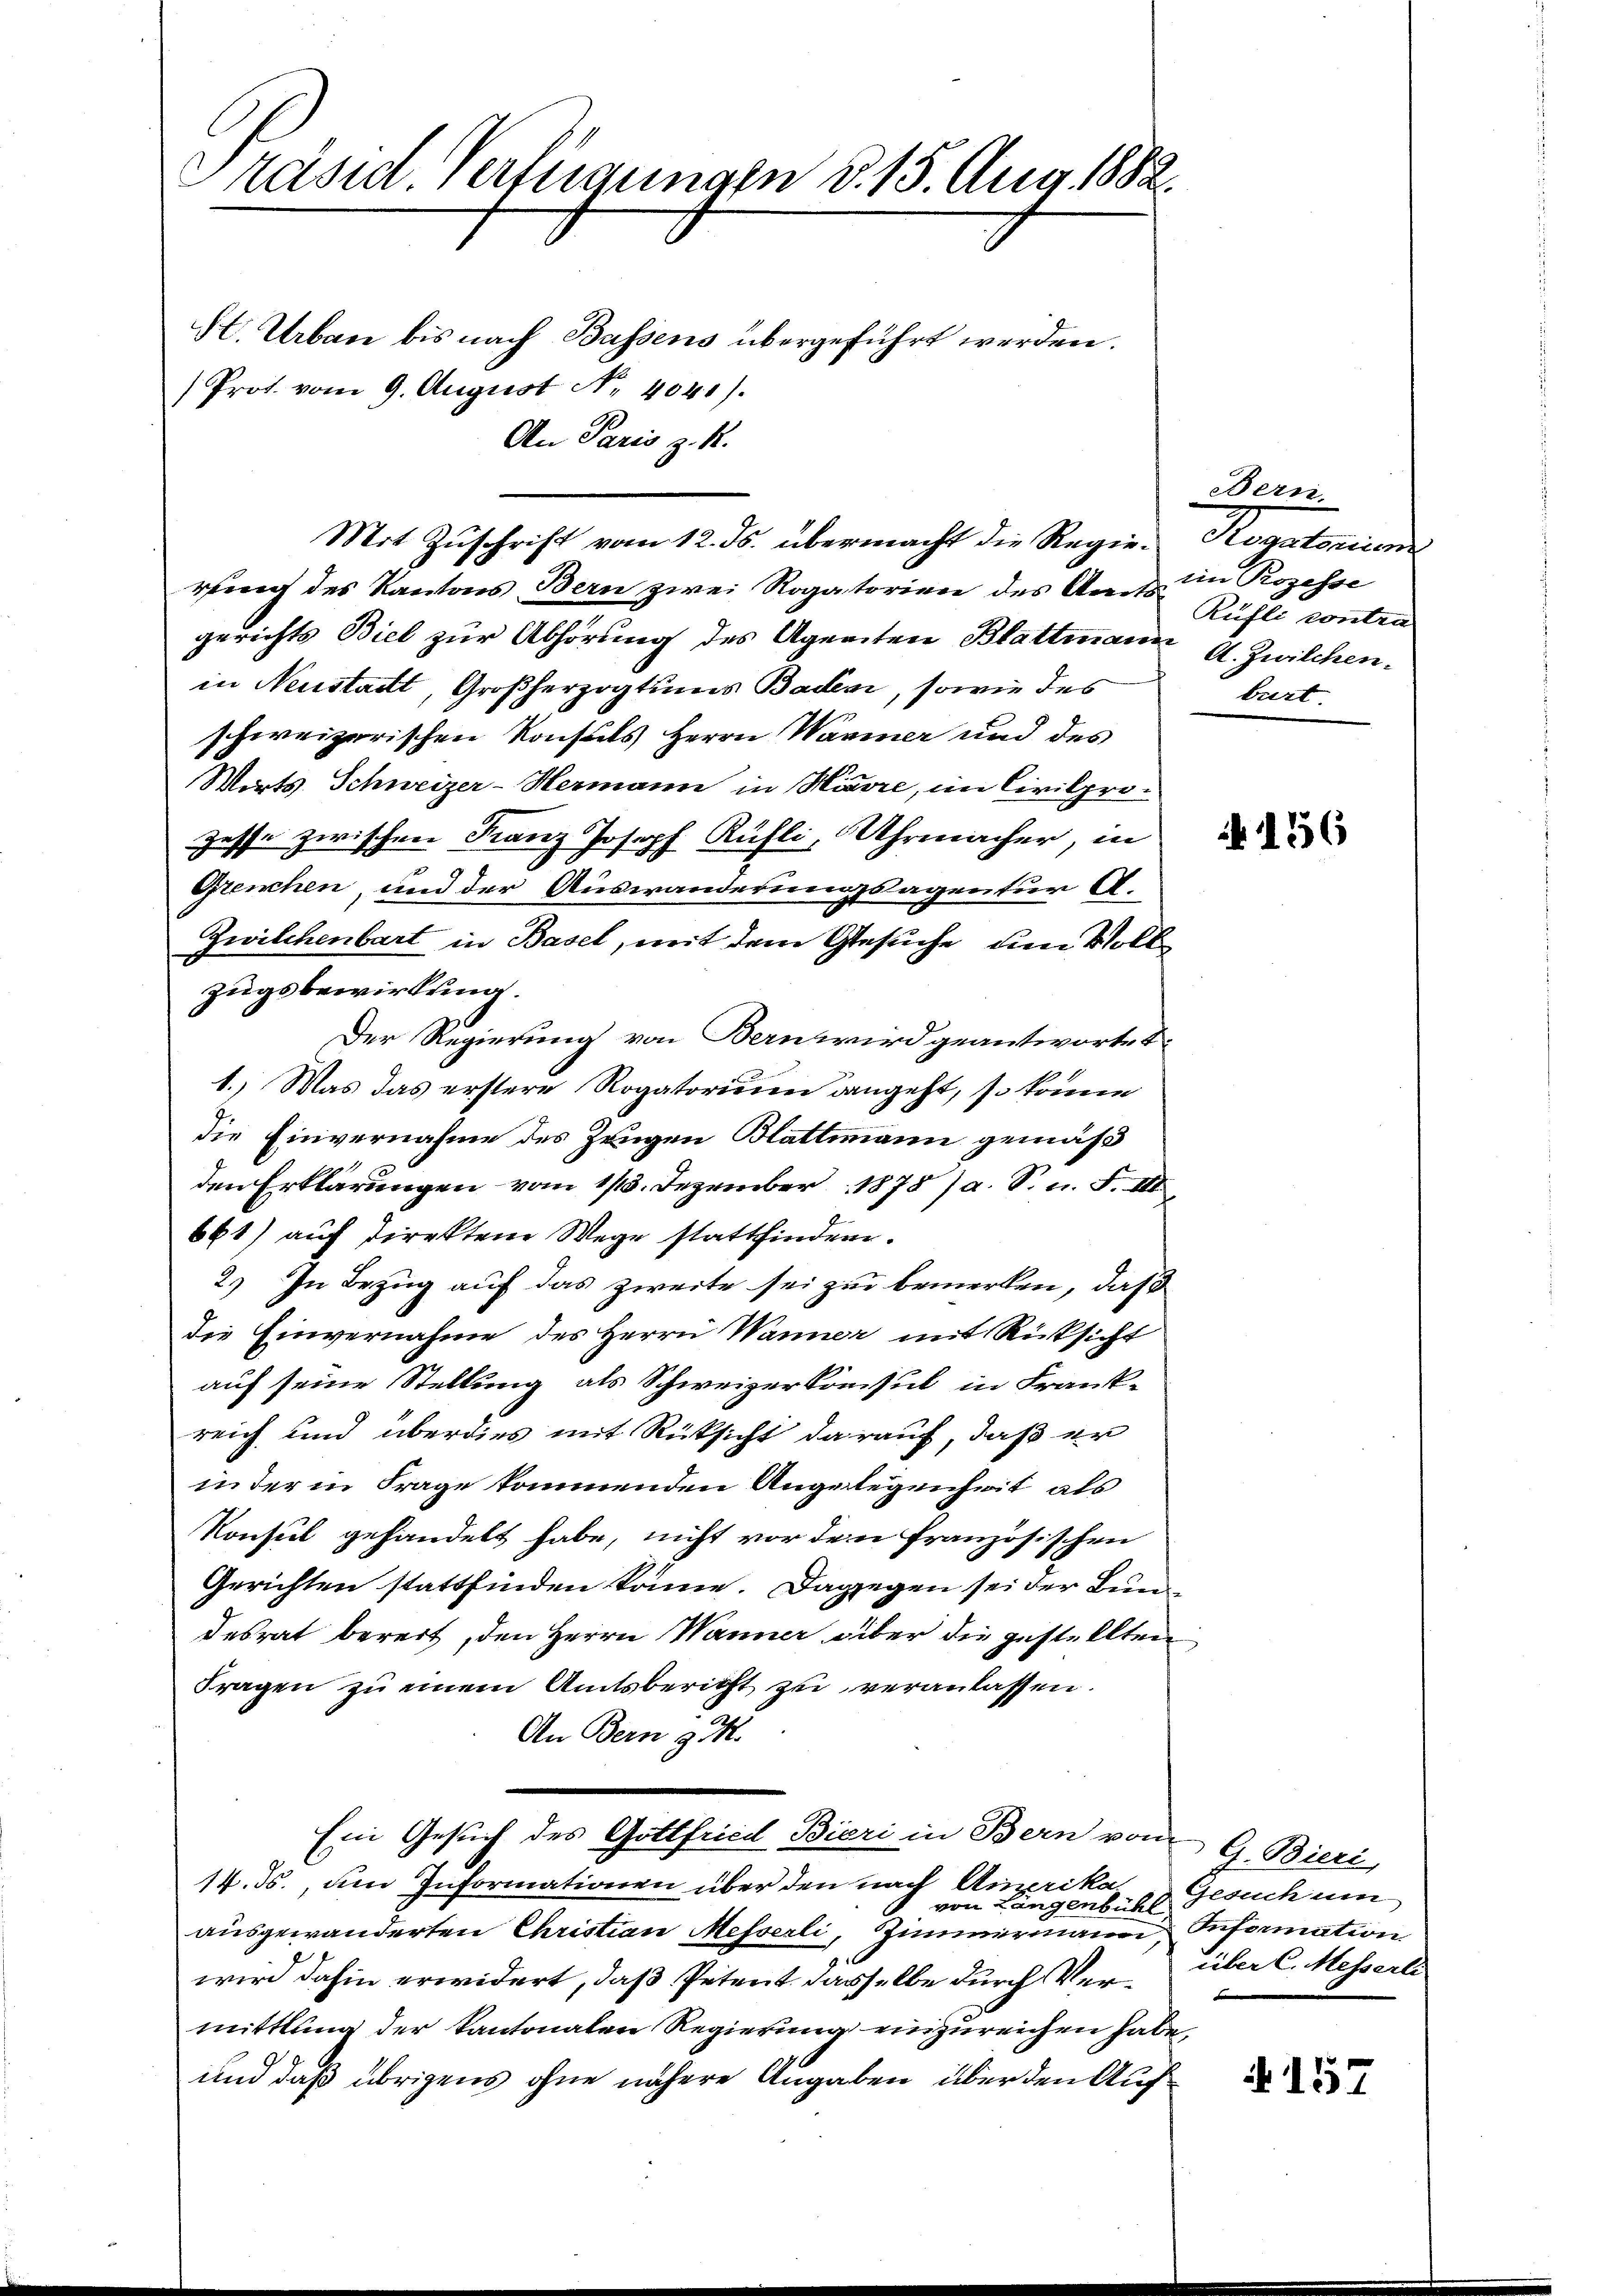
Präsid. Verfügungen d. 15. Aug. 1882.

St. Urban bis nach Bassens übergeführt werden.
Prot. vom 9. August N. 4041).
An Paris z. B.

rung des Kantons Bern zwei Rogatorien des Stadts
gerichts Biel zur Abhörung des Agenten Blattmann A. Zwilchenin Neustadt, Großherzogtums Baden, sowie des
schweizerischen Konsuls Herrn Wärmer und des
Morts Schweizer-Hermann in Havre, im Civilprozesche zwischen Franz Joseph Küfli, Uhrmacher, in
Grenchen, und der Auswanderungsagentur A.
Zwilchenbart in Basel, mit dem Gesuche, um Vollzugsbewirkung.
Der Regierung von Bern wird geantwortet
1.) Was das erstere Rogatorium dangeht, so könne
die Einvernahme des Zeugen Blattmann gemäß
den Erklärungen vom 113. Dezember 1878/a. S. n. F. III
661) auf direkten Wege stattfinden.
2.) In Bezug auf das zweite sei zu bemerken, daß
Die Einvernahme des Herrn Wanner mit Rücksicht
auf seine Stellung als Schweizerkonsul in Frank-
reich und überdies mit Rücksicht darauf, daß er
inder in Frage kommenden Angelegenheit als
Konsul gehandelt habe, nicht vor den französischen
Gerichten stattfinden könne. Dagegen sei der Bundesrat bereit, den Herrn Wanner über die gestellten
Fragen zu einem Amtsbericht zu veranlassen.
An Bern d. M.
Ein Gesuch des Gottfried Bieri in Bern von G. Bieri,
14. ds., um Informationen über den nach Anprika
von Längenbühl,
ausgewanderten Christian Messerli, Zimmermann Information
wird dahin erwidert, daß Petent dasselbe durch Vermittlung der kantonalen Regierung einzureichen habe.
und daß übrigens ohne nähere Angaben über den Auf¬

Mit Zuschrift vom 12. ds. übermacht die Regie¬

Bern.
Aegetan
im Prozesse
Rühli contra
birt.

156

Gesuch um
über C. Messerli

A 157